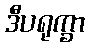
ဒီပရုက္ခာ